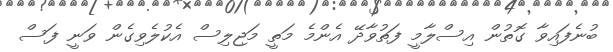
ބުނެފައިވާ ގޮތުން އިސްލާމީ ފަތުވާދޭ އެންމެ މަތީ މަޖިލިސް އެކުލެވިގެން ވަނީ ފަސް